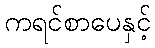
ကရင်စာပေနှင့်